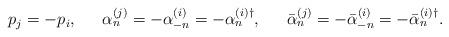
LaTeX: \begin{align*}\begin{array}{ccccc}p_j=-p_i, & & \alpha _n^{(j)}=-\alpha _{-n}^{(i)}=-\alpha _n^{(i)\dagger }, & & \bar{\alpha }_n^{(j)}=-\bar{\alpha}_{-n}^{(i)}=-\bar{\alpha }_n^{(i)\dagger }.\end{array}\end{align*}